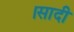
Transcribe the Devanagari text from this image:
।सादी